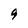
Character: 9